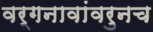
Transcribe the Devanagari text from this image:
वर्गनावांवरुनच